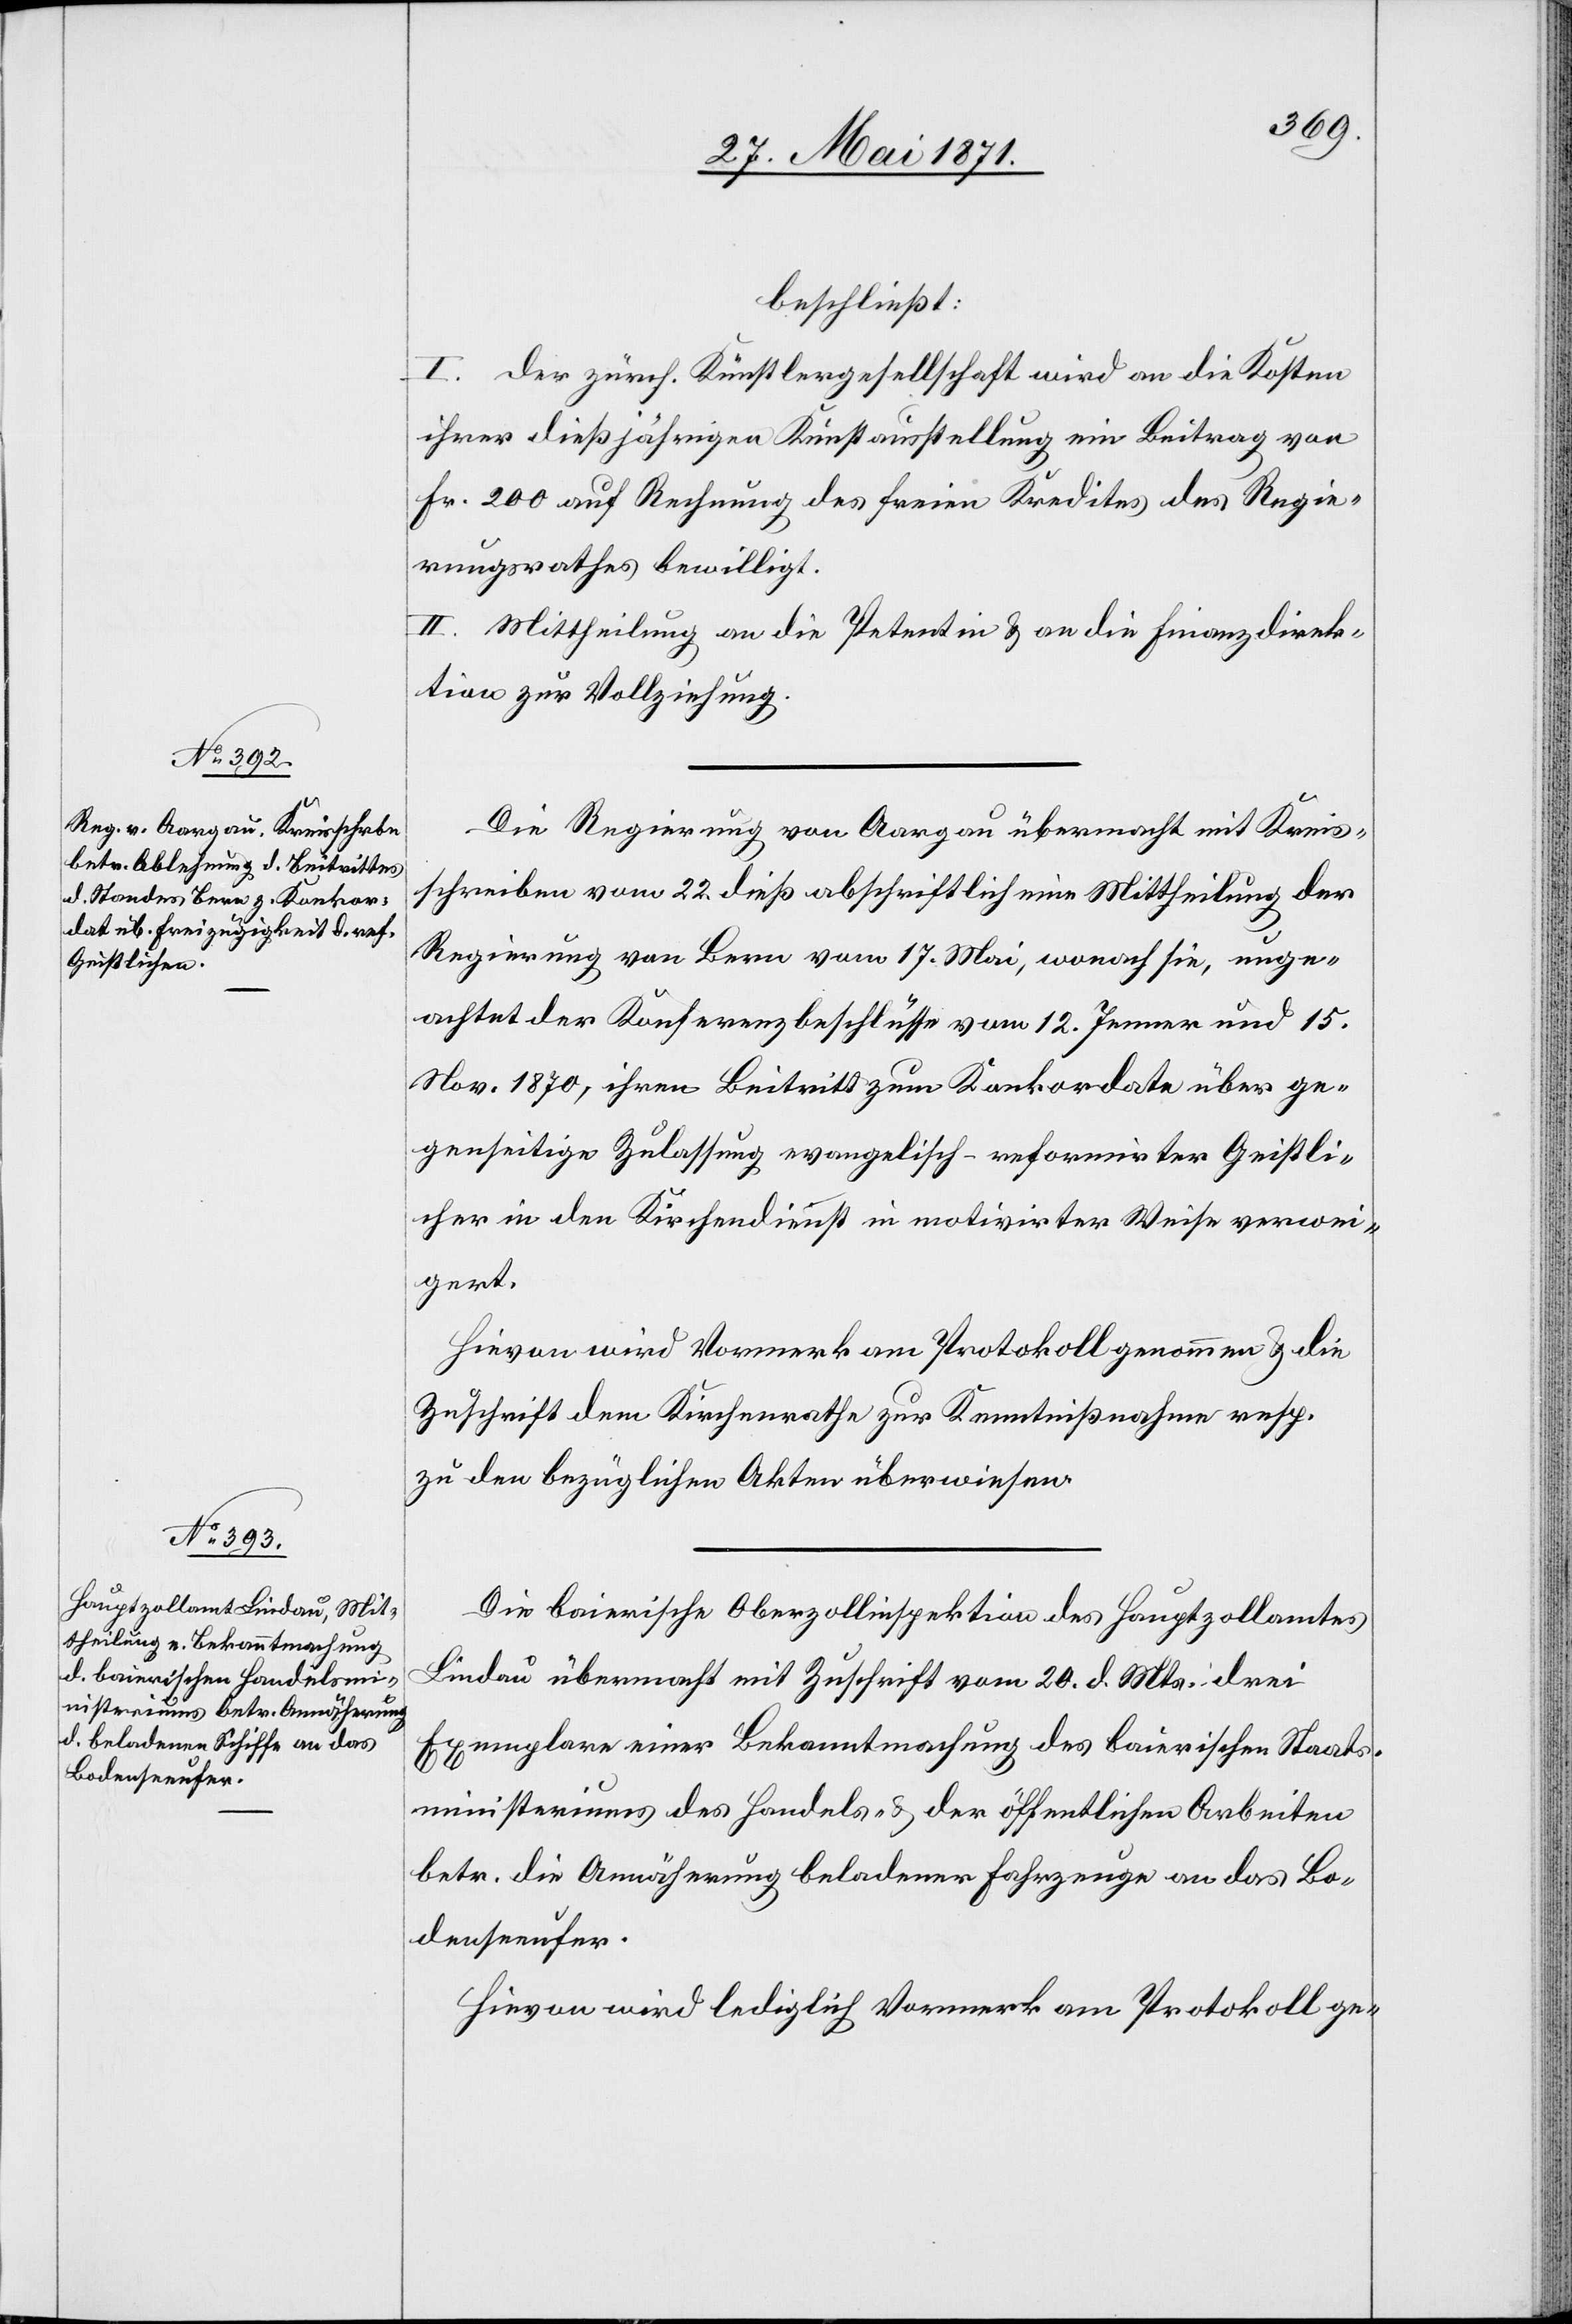
beschließt:
I. der zürch. Künstlergesellschaft wird an die Kosten
ihrer dießjährigen Kunstausstellung ein Beitrag von
Fr. 200 auf Rechnung des freien Kredites des Regie¬
rungsrathes bewilligt.
II. Mittheilung an die Petentin u. an die Finanzdirek¬
tion zur Vollziehung.
Die Regierung von Aargau übermacht mit Kreis¬
schreiben vom 22. dieß abschriftlich eine Mittheilung der
Regierung von Bern vom 17. Mai, wonach sie, unge¬
achtet der Konferenzbeschlüsse vom 12. Jenner und 15.
Nov. 1870, ihren Beitritt zum Konkordate über ge¬
genseitige Zulassung evangelisch-reformirter Geistli¬
cher in den Kirchendienst in motivirter Weise verwei¬
gert.
Hievon wird Vormerk am Protokoll genommen u. die
Zuschrift dem Kirchenrathe zur Kenntnißnahme resp.
zu den bezüglichen Akten überwiesen.
Die baierische Oberzollinspektion des Hauptzollamtes
Lindau übermacht mit Zuschrift vom 20. d. Mts. drei
Exemplare einer Bekanntmachung des baierischen Staats¬
ministeriums des Handels- u. der öffentlichen Arbeiten
betr. die Annäherung beladener Fahrzeuge an das Bo¬
denseeufer.
Hiervon wird lediglich Vormerk am Protokoll ge-